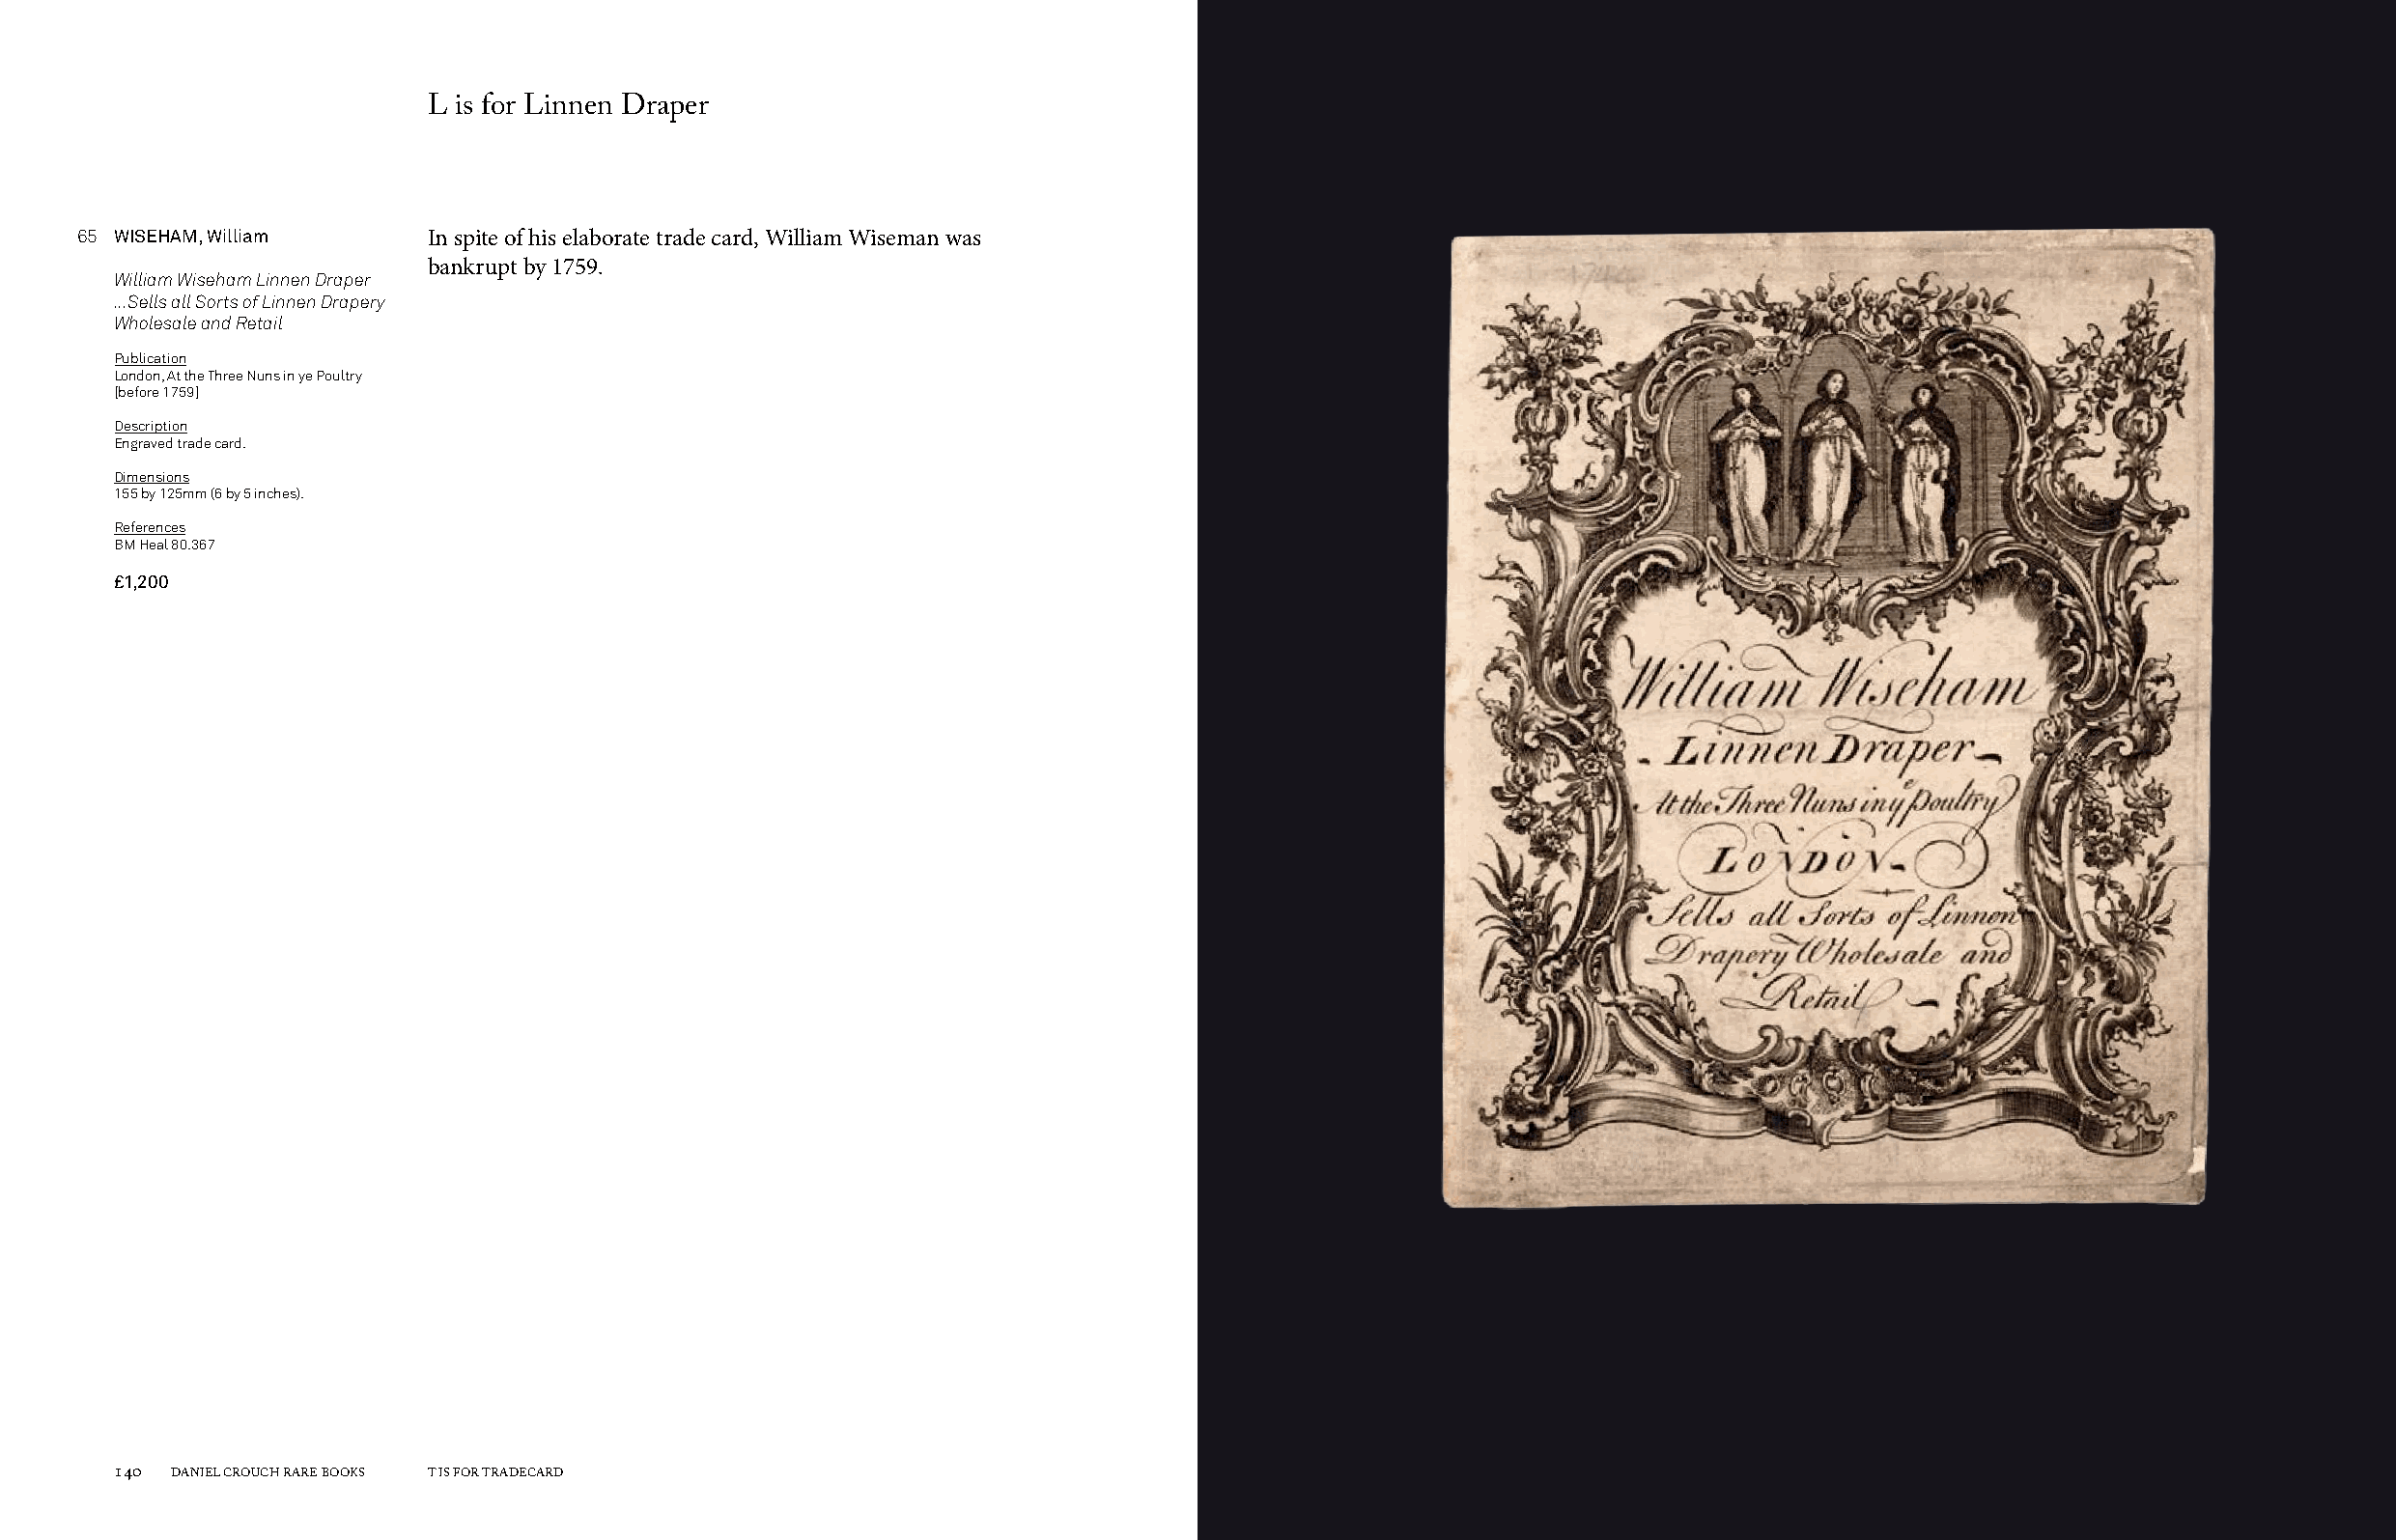
L is for Linnen Draper
 65 WISEHAM, William     In spite of his elaborate trade card, William Wiseman was
 bankrupt by 1759.
 William Wiseham Linnen Draper
 ...Sells all Sorts of Linnen Drapery
 Wholesale and Retail
 Publication
 London, At the Three Nuns in ye Poultry
 [before 1759]
 Description
 Engraved trade card.
 Dimensions
 155 by 125mm (6 by 5 inches).
 References
 BM Heal 80.367
 £1,200
 140 DANIEL CROUCH RARE BOOKS T IS FOR TRADECARD                                                                       T IS FOR TRADECARD DANIEL CROUCH RARE BOOKS 141